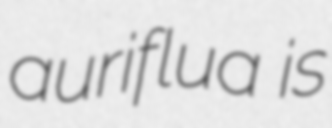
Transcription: auriflua is